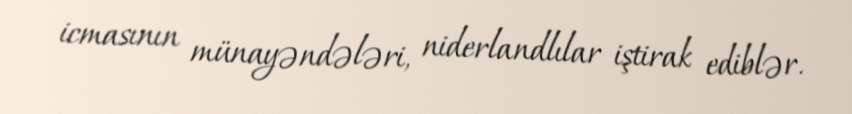
icmasının münayəndələri, niderlandlılar iştirak ediblər.